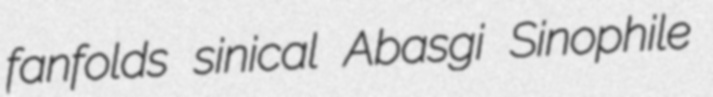
fanfolds sinical Abasgi Sinophile